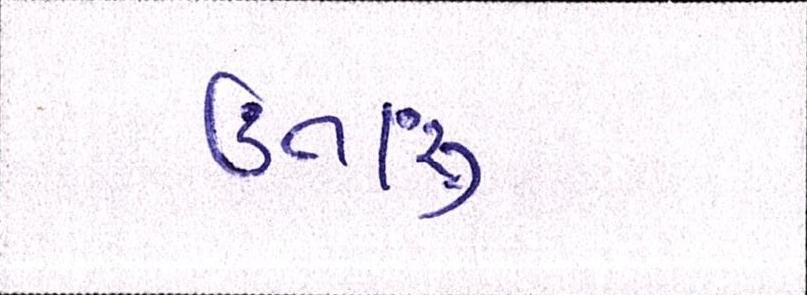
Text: ઉતારુ